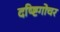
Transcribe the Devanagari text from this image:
दष्ष्टिगोचर